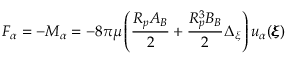
F _ { \alpha } = - M _ { \alpha } = - 8 \pi \mu \left( \frac { R _ { p } A _ { B } } { 2 } + \frac { R _ { p } ^ { 3 } B _ { B } } { 2 } \Delta _ { \xi } \right) u _ { \alpha } ( { \pmb \xi } )